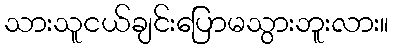
သားသူငယ်ချင်းပြောမသွားဘူးလား။